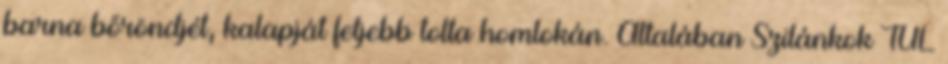
barna bőröndjét, kalapját feljebb tolta homlokán. Általában Szilánkok TÚL